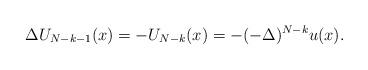
LaTeX: \begin{align*}\Delta U_{N-k-1}(x) &= - U_{N-k}(x) = - (-\Delta)^{N-k} u(x). \end{align*}